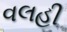
વલહી